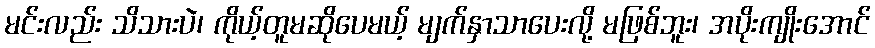
မင်းလည်း သိသားပဲ၊ ကိုယ့်တူမဆိုပေမယ့် မျက်နှာသာပေးလို့ မဖြစ်ဘူး၊ အပိုးကျိုးအောင်